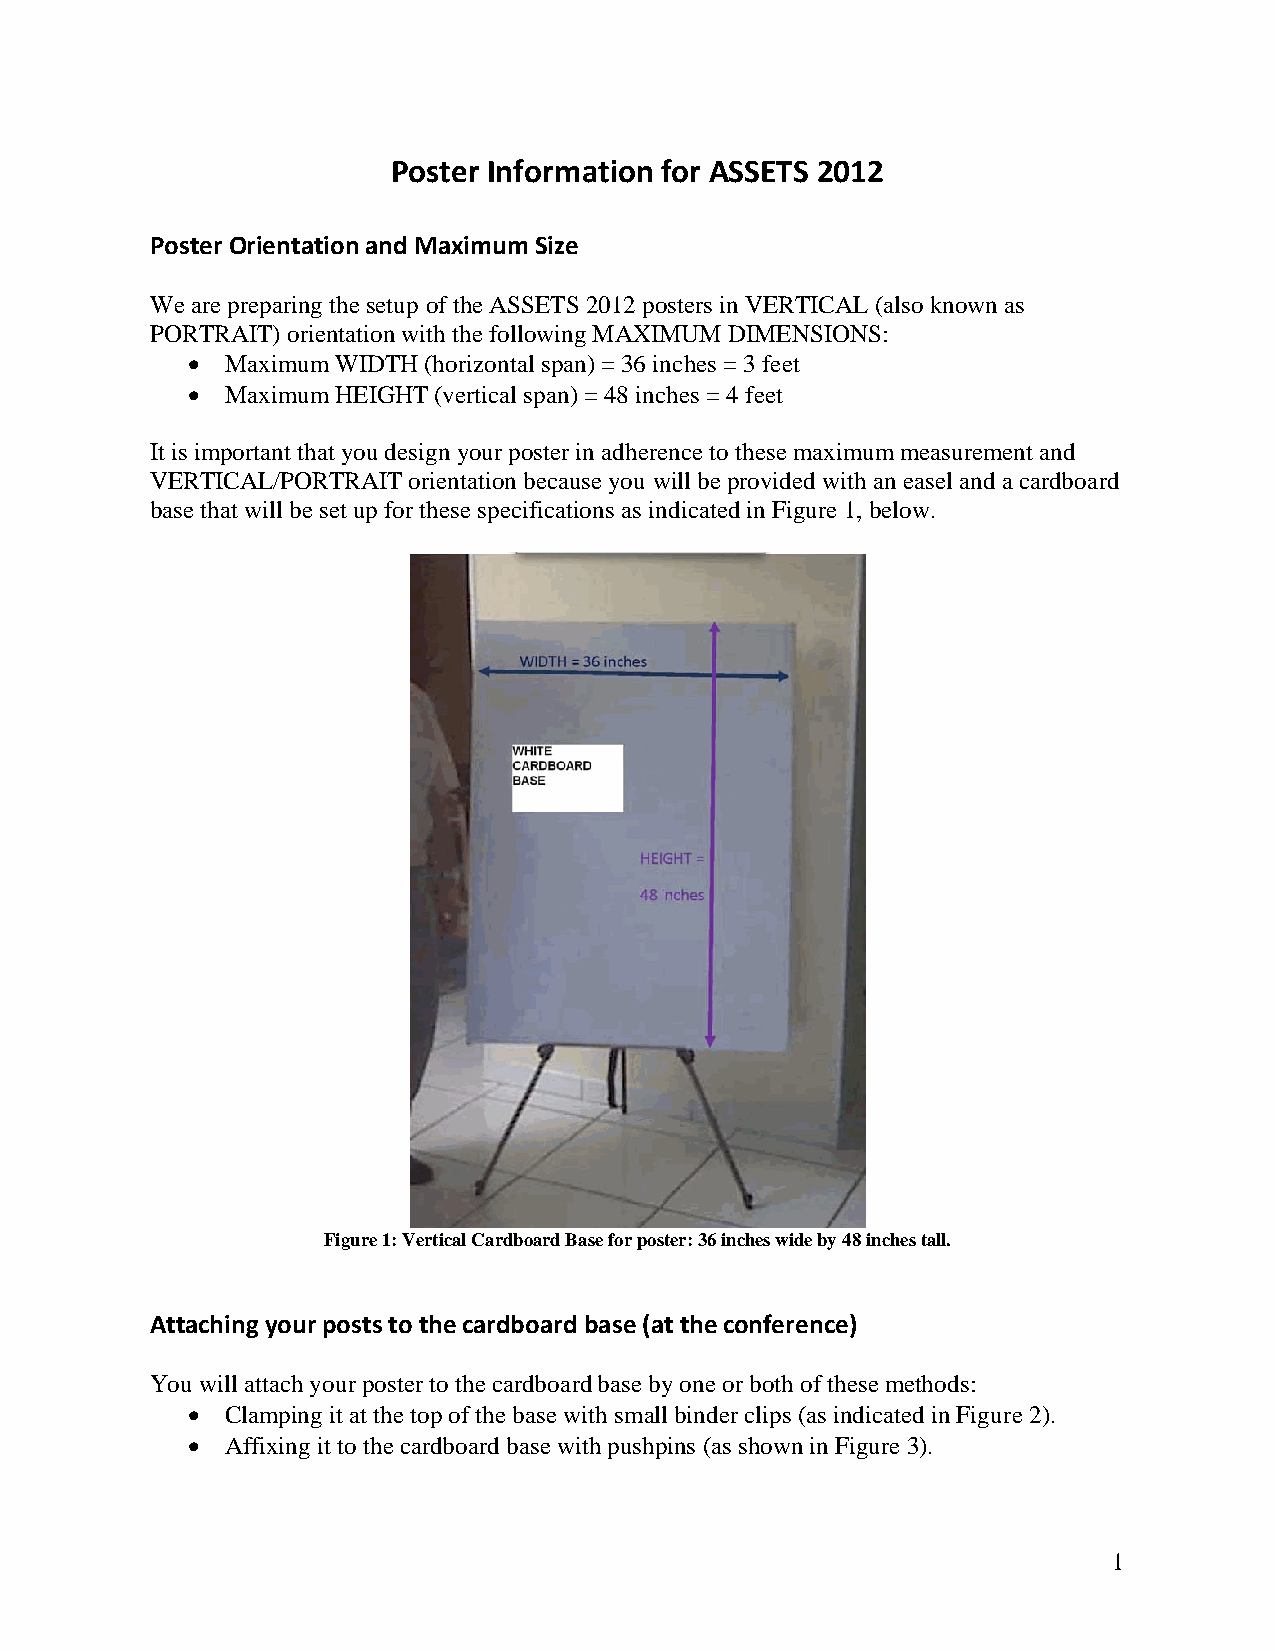
Poster Information for ASSETS 2012
 Poster Orientation and Maximum Size
 We are preparing the setup of the ASSETS 2012 posters in VERTICAL (also known as
 PORTRAIT) orientation with the following MAXIMUM DIMENSIONS:
   Maximum WIDTH (horizontal span) = 36 inches = 3 feet
   Maximum HEIGHT (vertical span) = 48 inches = 4 feet
 It is important that you design your poster in adherence to these maximum measurement and
 VERTICAL/PORTRAIT orientation because you will be provided with an easel and a cardboard
 base that will be set up for these specifications as indicated in Figure 1, below.
 Figure 1: Vertical Cardboard Base for poster: 36 inches wide by 48 inches tall.
 Attaching your posts to the cardboard base (at the conference)
 You will attach your poster to the cardboard base by one or both of these methods:
   Clamping it at the top of the base with small binder clips (as indicated in Figure 2).
   Affixing it to the cardboard base with pushpins (as shown in Figure 3).
 1